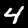
Label: 4